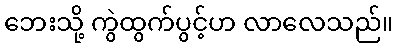
ဘေးသို့ ကွဲထွက်ပွင့်ဟ လာလေသည်။